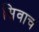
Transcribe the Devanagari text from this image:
सिवाच